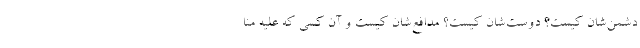
دشمن‌شان کیست؟ دوست‌شان کیست؟ مدافع‌شان کیست و آن کسی که علیه منا